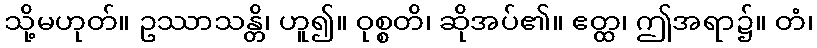
သို့မဟုတ်။ ဥဿာသန္တိ၊ ဟူ၍။ ဝုစ္စတိ၊ ဆိုအပ်၏။ ဧတ္ထ၊ ဤအရာ၌။ တံ၊